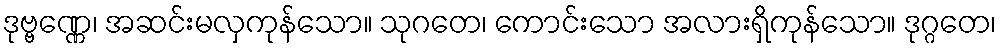
ဒုဗ္ဗဏ္ဏေ၊ အဆင်းမလှကုန်သော။ သုဂတေ၊ ကောင်းသော အလားရှိကုန်သော။ ဒုဂ္ဂတေ၊